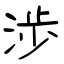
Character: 渉